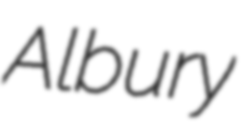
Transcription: Albury